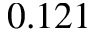
0 . 1 2 1